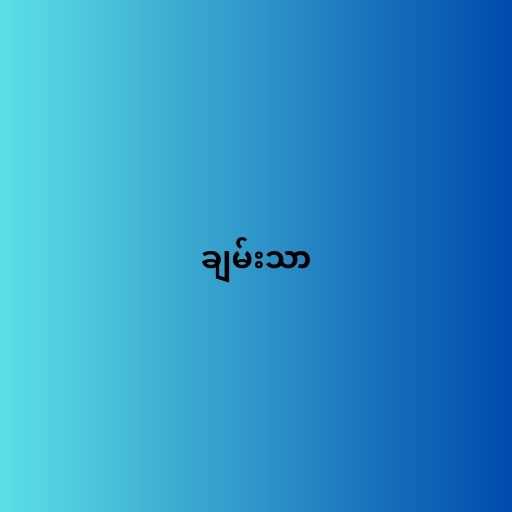
ချမ်းသာ